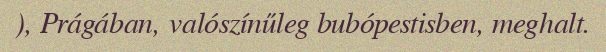
), Prágában, valószínűleg bubópestisben, meghalt.